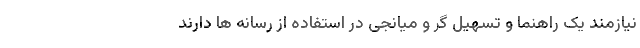
نیازمند یک راهنما و تسهیل گر و میانجی در استفاده از رسانه ها دارند